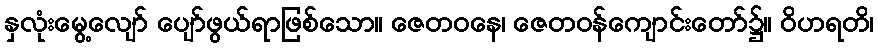
နှလုံးမွေ့လျော် ပျော်ဖွယ်ရာဖြစ်သော။ ဇေတဝနေ၊ ဇေတဝန်ကျောင်းတော်၌။ ဝိဟရတိ၊